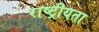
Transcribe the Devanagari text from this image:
राष्‍ट्रीयता